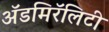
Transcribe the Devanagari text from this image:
ॲडमिरॅलिटी